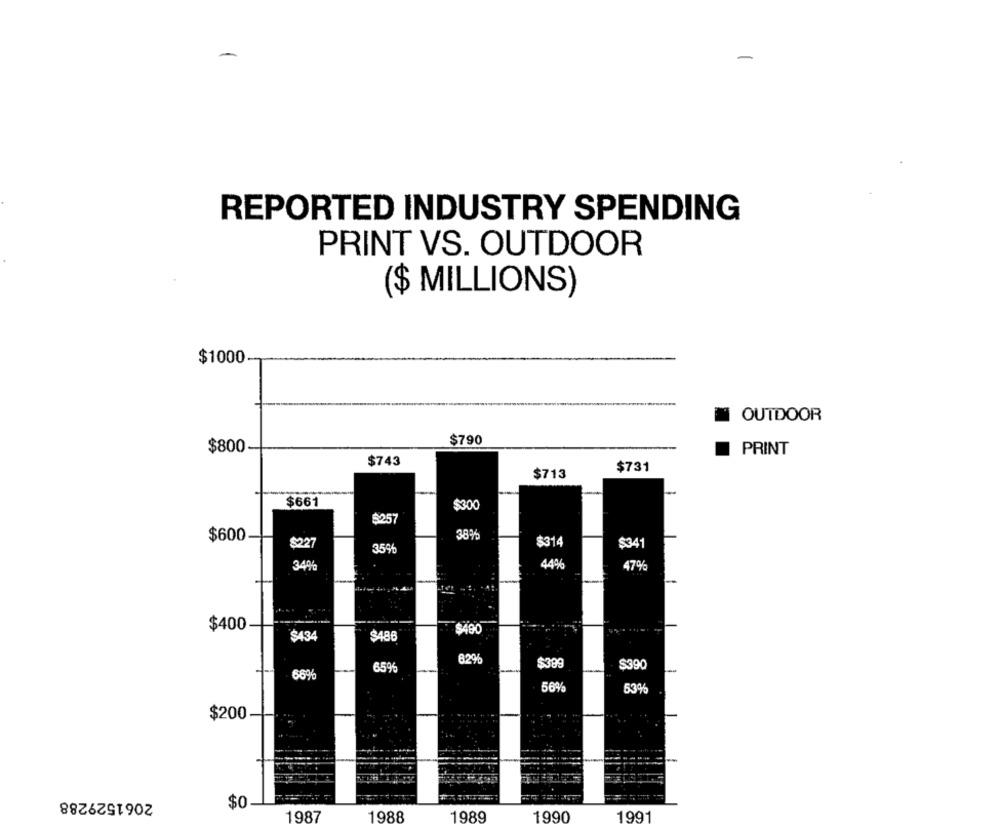
REPORTED INDUSTRY SPENDING
PRINT VS. OUTDOOR
($ MILLIONS)
$1000
OUTDOOR
$800
$790
PRINT
$743
$731
$713
$66
$300
5257
$600
38%
$227
359
$314
$341
34%
44%
47%
$400
$490
$434
$486
82%
$399
65%
$390
56%
53%
$200
2061529288
$0
1987
1988
1989
1990
1991